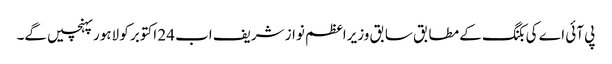
پی آئی اے کی بکنگ کے مطابق سابق وزیراعظم نواز شریف اب 24 اکتوبر کو لاہور پہنچیں گے۔